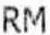
RM